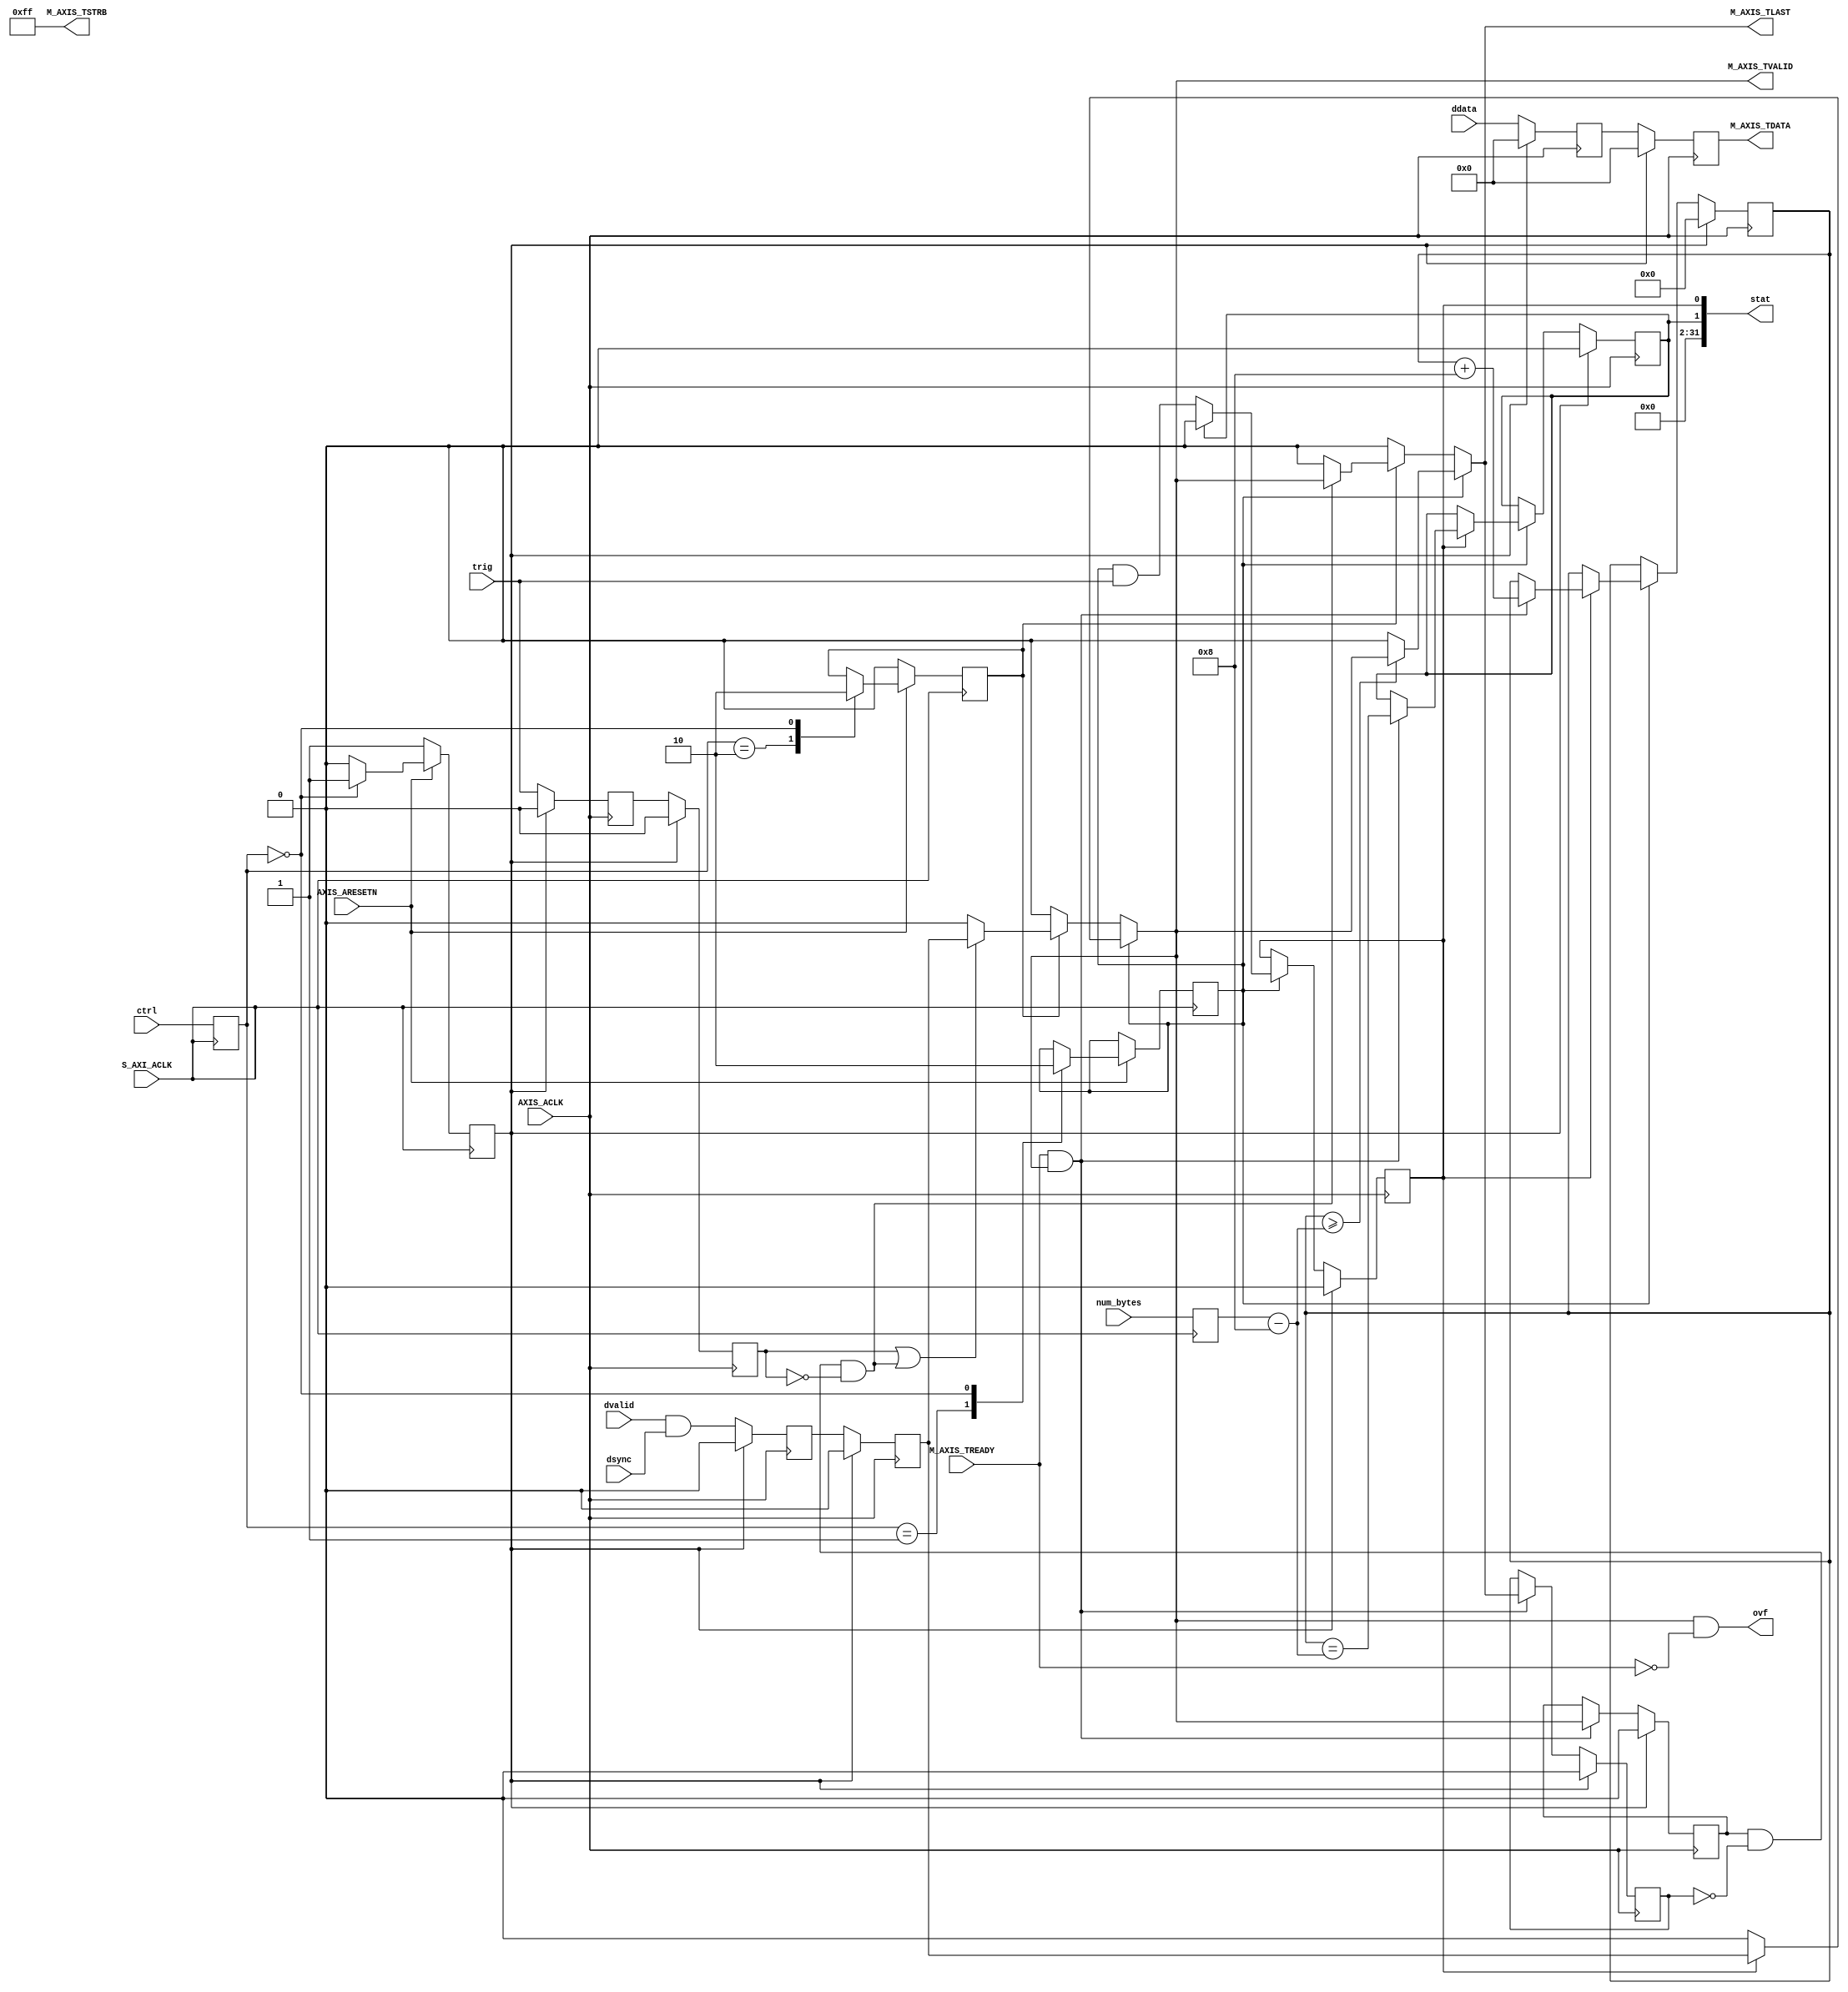
module adi2axis_conv
(
  input wire S_AXI_ACLK,

  input wire AXIS_ACLK,
  input wire AXIS_ARESETN,
  output wire M_AXIS_TVALID,
  output wire [(C_M_AXIS_TDATA_NUM_BYTES*8)-1:0] M_AXIS_TDATA,
  output wire [C_M_AXIS_TDATA_NUM_BYTES-1:0] M_AXIS_TSTRB,
  output wire M_AXIS_TLAST,
  input wire M_AXIS_TREADY,
  
  input wire [(C_M_AXIS_TDATA_NUM_BYTES*8)-1:0] ddata,
  input wire dvalid,
  input wire dsync,
  output wire ovf,
  
  input wire [31:0] ctrl,
  input wire [31:0] num_bytes,
  output wire [31:0] stat,
  
  input wire trig
);

parameter integer C_M_AXIS_TDATA_NUM_BYTES = 8;

reg cntr_rst;
reg rx_enable;
reg dma_start_legacy;
reg dma_start_trig;
reg [31:0] cnt;

reg [31:0] ctrl_reg;
reg [31:0] num_bytes_reg;

always @ (posedge S_AXI_ACLK)
begin
    ctrl_reg <= ctrl;
    num_bytes_reg <= num_bytes;
end


always @ (posedge S_AXI_ACLK)
begin
   cntr_rst   <= 0;
   if ( AXIS_ARESETN == 1'b0 )
   begin
     cntr_rst   <= 1;
     rx_enable  <= 0;
	 dma_start_trig <= 0;
   end
   else begin
       case (ctrl_reg)
	   'h2:
	     dma_start_trig <= 1;
       'h1: //
         dma_start_legacy <= 1;
       'h0: //reset
         begin
          cntr_rst   <= 1;
          dma_start_legacy  <= 0;
		  dma_start_trig <= 0;
         end        
      endcase;
	end
end

reg dma_capture_en;
reg done;

reg trig_reg0;
reg trig_reg1;
reg sync_reg0;
reg sync_reg1;
reg [(C_M_AXIS_TDATA_NUM_BYTES*8)-1:0] ddata_reg0;
reg [(C_M_AXIS_TDATA_NUM_BYTES*8)-1:0] ddata_reg1;

reg tlast_prev;
reg tvalid_prev;
wire last_trig = tvalid_prev & ~tlast_prev & ~trig_reg1;

assign stat  = { 30'h0, done, dma_capture_en};
wire   m_xfr = M_AXIS_TREADY & M_AXIS_TVALID;

assign M_AXIS_TLAST  = 
	(dma_start_legacy) ? ((cnt>=num_bytes_reg-8)? M_AXIS_TVALID : 0)  :
	(dma_start_trig)   ? (last_trig? M_AXIS_TVALID : 0)  : 0;

//assign M_AXIS_TVALID = (dma_capture_en)? (dvalid & dsync) : 0;	

assign M_AXIS_TVALID  = 
	(dma_start_legacy) ? (dma_capture_en? sync_reg1 : 0)  :
	(dma_start_trig)   ? ((trig_reg1 | last_trig)? sync_reg1 : 0)  : 0;

assign M_AXIS_TDATA  = ddata_reg1;
assign M_AXIS_TSTRB = 'hff;

assign ovf = (M_AXIS_TVALID) & (!M_AXIS_TREADY);   

always @ (posedge AXIS_ACLK)
//always @ (posedge (dvalid & dsync))
begin
   if (cntr_rst) begin
     trig_reg0 <= 0;  trig_reg1 <= 0;
     sync_reg0 <= 0;  sync_reg1 <= 0;
     ddata_reg0 <= 0;  ddata_reg1 <= 0;
     tlast_prev <=0;
     tvalid_prev <= 0;
   end
   else begin
     trig_reg0 <= trig; 
     trig_reg1 <= trig_reg0;
     sync_reg0 <= (dvalid & dsync); 
     sync_reg1 <= sync_reg0;
     ddata_reg0 <= ddata; 
     ddata_reg1 <= ddata_reg0;
     tlast_prev <= m_xfr? M_AXIS_TLAST : tlast_prev;
     tvalid_prev <= m_xfr? M_AXIS_TVALID : tvalid_prev;
   end
end

always @ (posedge AXIS_ACLK)
begin
   if (cntr_rst)
   begin
     cnt     <= 0; 
	 dma_capture_en <= 0;
	 done <= 0;
   end

   else if (dma_start_legacy) begin
     dma_capture_en <= (done)? 0 : dma_start_legacy & trig;
	 if (dma_capture_en)
	 begin
	   cnt   <= m_xfr? cnt + 8: cnt;
	   done  <= m_xfr? (cnt==num_bytes_reg-8) : done;
	 end
   end

 //  else if (dma_start_trig) begin
 //    dma_capture_en <= dma_start_trig & ((trig & trig_reg) | (trig_reg & trig_reg1));
 //  end
  end

    
endmodule